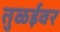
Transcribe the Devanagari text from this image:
तुळईवर